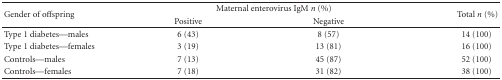
| <ROWSPAN=2> Gender of offspring | <COLSPAN=2> Maternal enterovirus IgM n (%) | <ROWSPAN=2> Total n (%) |
 | Positive | Negative |
 | --- | --- | --- | --- |
 | Type 1 diabetes—males | 6 (43) | 8 (57) | 14 (100) |
 | Type 1 diabetes—females | 3 (19) | 13 (81) | 16 (100) |
 | Controls—males | 7 (13) | 45 (87) | 52 (100) |
 | Controls—females | 7 (18) | 31 (82) | 38 (100) |